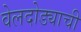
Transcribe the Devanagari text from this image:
वेलदोड्याची